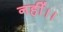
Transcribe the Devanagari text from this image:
नहीं।।